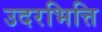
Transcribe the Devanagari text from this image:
उदरभित्ति